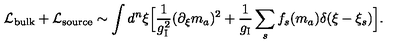
{ \cal L } _ { \mathrm { b u l k } } + { \cal L } _ { \mathrm { s o u r c e } } \sim \int d ^ { n } \xi \Bigl [ { \frac { 1 } { g _ { \mathrm { I } } ^ { 2 } } } ( \partial _ { \xi } m _ { a } ) ^ { 2 } + { \frac { 1 } { g _ { \mathrm { I } } } } \sum _ { s } f _ { s } ( m _ { a } ) \delta ( \xi - \xi _ { s } ) \Bigr ] .